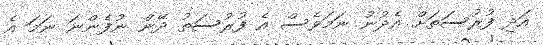
އަދި ފުރުސަތަށް އެދުނު ނަމަވެސް އެ ފުރުސަތު ދޭން ނުފެންނަ ނަމަ އެ